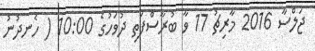
ޖަލްސާ 2016 މާރިޗު 17 ވާ ބުރާސްފަތި ދުވަހުގެ 10:00 ( ހެނދުނު